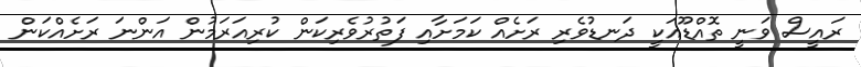
ރައީސް ވަނީ ތޮއްޑޫއަކީ ދަނޑުވެރި ރަށެއް ކަމަށާއި ފަތުރުވެރިކަން ކުރިއަރަމުން އަންނަ ރަށެއްކަން